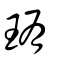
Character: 珛